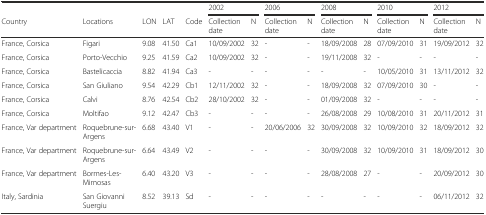
|  |  |  |  |  | <COLSPAN=2> 2002 | <COLSPAN=2> 2006 | <COLSPAN=2> 2008 | <COLSPAN=2> 2010 | <COLSPAN=2> 2012 |
 | Country | Locations | LON | LAT | Code | Collection date | N | Collection date | N | Collection date | N | Collection date | N | Collection date | N |
 | --- | --- | --- | --- | --- | --- | --- | --- | --- | --- | --- | --- | --- | --- | --- |
 | France, Corsica | Figari | 9.08 | 41.50 | Ca1 | 10/09/2002 | 32 | - | - | 18/09/2008 | 28 | 07/09/2010 | 31 | 19/09/2012 | 32 |
 | France, Corsica | Porto-Vecchio | 9.25 | 41.59 | Ca2 | 10/09/2002 | 32 | - | - | 19/11/2008 | 32 | - | - | - | - |
 | France, Corsica | Bastelicaccia | 8.82 | 41.94 | Ca3 | - | - | - | - | - | - | 10/05/2010 | 31 | 13/11/2012 | 32 |
 | France, Corsica | San Giuliano | 9.54 | 42.29 | Cb1 | 12/11/2002 | 32 | - | - | 18/09/2008 | 32 | 07/09/2010 | 30 | - | - |
 | France, Corsica | Calvi | 8.76 | 42.54 | Cb2 | 28/10/2002 | 32 | - | - | 01/09/2008 | 32 | - | - | - | - |
 | France, Corsica | Moltifao | 9.12 | 42.47 | Cb3 | - | - | - | - | 26/08/2008 | 29 | 10/08/2010 | 31 | 20/11/2012 | 31 |
 | France, Var department | Roquebrune-sur-Argens | 6.68 | 43.40 | V1 | - | - | 20/06/2006 | 32 | 30/09/2008 | 32 | 10/09/2010 | 32 | 18/09/2012 | 32 |
 | France, Var department | Roquebrune-sur-Argens | 6.64 | 43.49 | V2 | - | - | - | - | 30/09/2008 | 32 | 10/09/2010 | 31 | 18/09/2012 | 30 |
 | France, Var department | Bormes-Les-Mimosas | 6.40 | 43.20 | V3 | - | - | - | - | 28/08/2008 | 27 | - | - | 20/09/2012 | 30 |
 | Italy, Sardinia | San Giovanni Suergiu | 8.52 | 39.13 | Sd | - | - | - | - | - | - | - | - | 06/11/2012 | 32 |